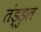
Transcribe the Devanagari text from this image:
तंड्डुल